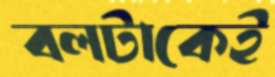
বলটাকেই